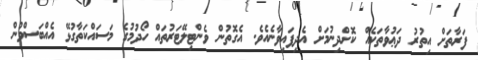
ފަރާތަށް އިތުރު ދަޢުވާތަކެއް ކޮށްދިނުމަށް އެދިފައިވާނެއެވެ. އެގޮތުން ވެންޓިލޭޓަރުތައް ހޯދުމުގެ މަސައްކަތާގުޅޭ އެއްބަސްވުން